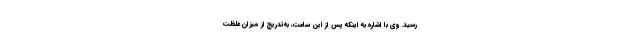
رسید. وی با اشاره به اینکه پس از این ساعت، به‌تدریج از میزان غلظت